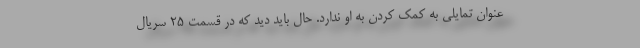
عنوان تمایلی به کمک کردن به او ندارد. حال باید دید که در قسمت 25 سریال